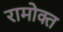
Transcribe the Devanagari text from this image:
रामोक्त